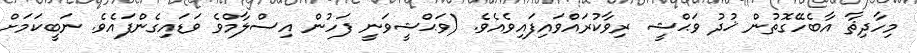
މިހާދިޘާ އާބެހޭގޮތުން ޚުދު ވަޙްޝީ ރިވާކުރައްވައިފައިވެއެވެ. (ވަޙްޝީވަނީ ފަހުން އިސްލާމްވެ ވަޑައިގެންފައެވެ. ނަބީކަމަށް